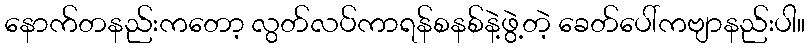
နောက်တနည်းကတော့ လွတ်လပ်ကာရန်စနစ်နဲ့ဖွဲ့တဲ့ ခေတ်ပေါ်ကဗျာနည်းပါ။